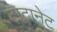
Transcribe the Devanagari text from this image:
टाटानेट